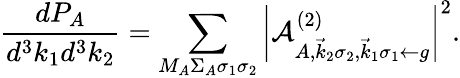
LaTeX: \frac{dP_{A}}{d^{3}k_{1}d^{3}k_{2}}=\sum_{M_{A}\Sigma_{A}\sigma_{1}\sigma_{2}}\left|\mathcal{A}_{A,\vec{k}_{2}\sigma_{2},\vec{k}_{1}\sigma_{1}\gets g}^{(2)}\right|^{2}.